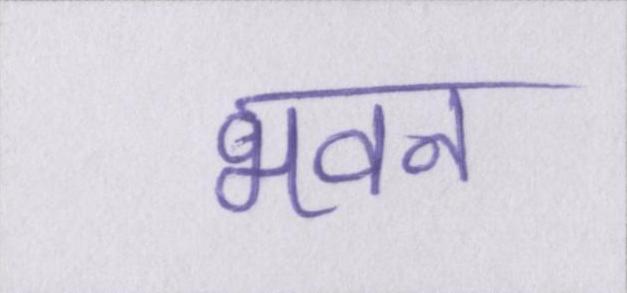
भवन